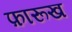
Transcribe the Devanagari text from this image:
फ़ारूख